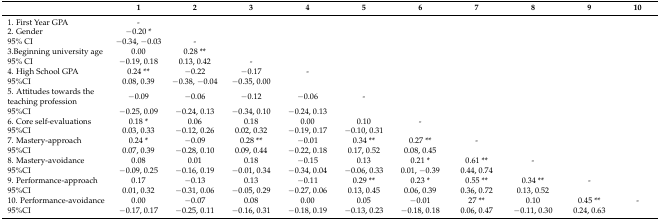
<table><thead><tr><td></td><td><b>1</b></td><td><b>2</b></td><td><b>3</b></td><td><b>4</b></td><td><b>5</b></td><td><b>6</b></td><td><b>7</b></td><td><b>8</b></td><td><b>9</b></td><td><b>10</b></td></tr></thead><tbody><tr><td>1. First Year GPA </td><td>-</td><td></td><td></td><td></td><td></td><td></td><td></td><td></td><td></td><td></td></tr><tr><td>2. Gender</td><td>−0.20 *</td><td></td><td></td><td></td><td></td><td></td><td></td><td></td><td></td><td></td></tr><tr><td>95% CI</td><td>−0.34, −0.03</td><td>-</td><td></td><td></td><td></td><td></td><td></td><td></td><td></td><td></td></tr><tr><td>3.Beginning university age</td><td>0.00</td><td>0.28 **</td><td></td><td></td><td></td><td></td><td></td><td></td><td></td><td></td></tr><tr><td>95% CI</td><td>−0.19, 0.18 </td><td>0.13, 0.42</td><td>-</td><td></td><td></td><td></td><td></td><td></td><td></td><td></td></tr><tr><td>4. High School GPA</td><td>0.24 **</td><td>−0.22</td><td>−0.17</td><td>-</td><td></td><td></td><td></td><td></td><td></td><td></td></tr><tr><td>95%CI</td><td>0.08, 0.39</td><td>−0.38, −0.04</td><td>−0.35, 0.00</td><td></td><td></td><td></td><td></td><td></td><td></td><td></td></tr><tr><td>5. Attitudes towards the teaching profession</td><td>−0.09</td><td>−0.06</td><td>−0.12</td><td>−0.06</td><td>-</td><td></td><td></td><td></td><td></td><td></td></tr><tr><td>95%CI</td><td>−0.25, 0.09</td><td>−0.24, 0.13</td><td>−0.34, 0.10</td><td>−0.24, 0.13</td><td></td><td></td><td></td><td></td><td></td><td></td></tr><tr><td>6. Core self-evaluations</td><td>0.18 *</td><td>0.06</td><td>0.18</td><td>0.00</td><td>0.10</td><td>-</td><td></td><td></td><td></td><td></td></tr><tr><td>95%CI</td><td>0.03, 0.33</td><td>−0.12, 0.26</td><td>0.02, 0.32</td><td>−0.19, 0.17</td><td>−0.10, 0.31</td><td></td><td></td><td></td><td></td><td></td></tr><tr><td>7. Mastery-approach</td><td>0.24 *</td><td>−0.09</td><td>0.28 **</td><td>−0.01</td><td>0.34 **</td><td>0.27 **</td><td>-</td><td></td><td></td><td></td></tr><tr><td>95%CI</td><td>0.07, 0.39</td><td>−0.28, 0.10</td><td>0.09, 0.44</td><td>−0.22, 0.18</td><td>0.17, 0.52</td><td>0.08, 0.45</td><td></td><td></td><td></td><td></td></tr><tr><td>8. Mastery-avoidance </td><td>0.08</td><td>0.01</td><td>0.18</td><td>−0.15</td><td>0.13</td><td>0.21 *</td><td>0.61 **</td><td>-</td><td></td><td></td></tr><tr><td>95%CI</td><td>−0.09, 0.25</td><td>−0.16, 0.19</td><td>−0.01, 0.34</td><td>−0.34, 0.04</td><td>−0.06, 0.33</td><td>0.01, −0.39</td><td>0.44, 0.74</td><td></td><td></td><td></td></tr><tr><td>9. Performance-approach</td><td>0.17</td><td>−0.13</td><td>0.13</td><td>−0.11</td><td>0.29 **</td><td>0.23 *</td><td>0.55 **</td><td>0.34 **</td><td>-</td><td></td></tr><tr><td>95%CI</td><td>0.01, 0.32</td><td>−0.31, 0.06</td><td>−0.05, 0.29</td><td>−0.27, 0.06</td><td>0.13, 0.45</td><td>0.06, 0.39</td><td>0.36, 0.72</td><td>0.13, 0.52</td><td></td><td></td></tr><tr><td>10. Performance-avoidance</td><td>0.00</td><td>−0.07</td><td>0.08</td><td>0.00</td><td>0.05</td><td>−0.01</td><td>27 **</td><td>0.10</td><td>0.45 **</td><td>-</td></tr><tr><td>95%CI</td><td>−0.17, 0.17</td><td>−0.25, 0.11</td><td>−0.16, 0.31</td><td>−0.18, 0.19</td><td>−0.13, 0.23</td><td>−0.18, 0.18</td><td>0.06, 0.47</td><td>−0.11, 0.30</td><td>0.24, 0.63</td><td></td></tr></tbody></table>